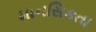
માનસિકતા